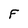
Character: F